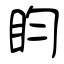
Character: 盷